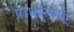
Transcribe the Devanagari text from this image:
प्राधान्यात्